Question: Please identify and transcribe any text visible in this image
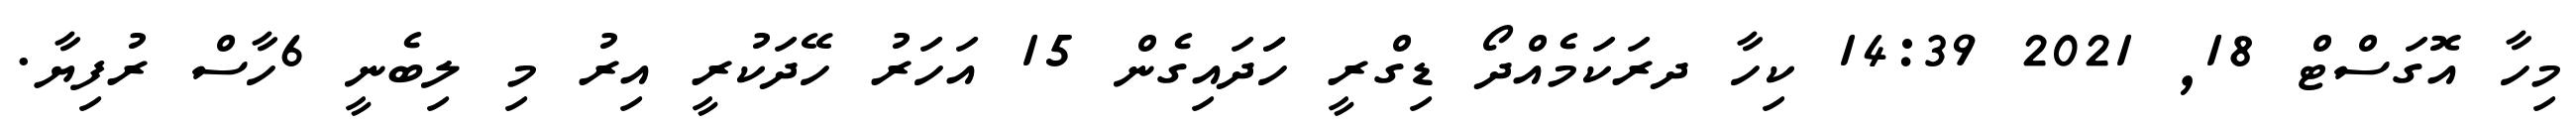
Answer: މިހާ އޮގަސްޓް 18, 2021 14:39 ކިހާ ދރަކަމެއްދޯ ޑިގްރީ ހަަދައިގެން 15 އަހަރު ހޭދަކުރީ އިރު މި ލިބެނީ 6ހާސް ރުފިޔާ.